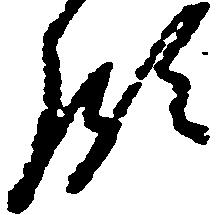
領